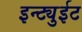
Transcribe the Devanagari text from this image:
इन्ट्युईट